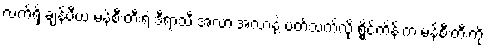
လက်ရှိ ချန်ပီယံ မန်စီးတီးရဲ့ ဒီရာသီ အလားအလာနဲ့ ပတ်သက်လို့ ရွိုင်ကိန်းက မန်စီးတီးကို